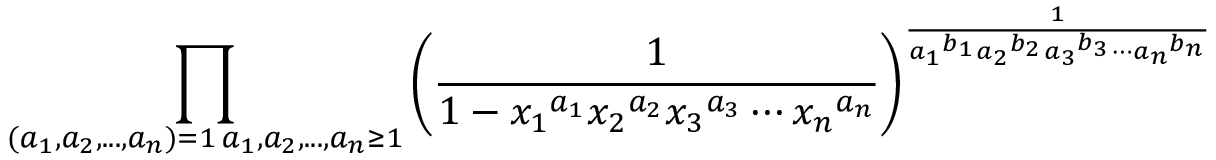
\prod _ { \substack { ( a _ { 1 } , a _ { 2 } , . . . , a _ { n } ) = 1 \, a _ { 1 } , a _ { 2 } , . . . , a _ { n } \geq 1 } } \left( \frac { 1 } { 1 - { x _ { 1 } } ^ { a _ { 1 } } { x _ { 2 } } ^ { a _ { 2 } } { x _ { 3 } } ^ { a _ { 3 } } \cdots { x _ { n } } ^ { a _ { n } } } \right) ^ { \frac { 1 } { { a _ { 1 } } ^ { b _ { 1 } } { a _ { 2 } } ^ { b _ { 2 } } { a _ { 3 } } ^ { b _ { 3 } } \cdots { a _ { n } } ^ { b _ { n } } } }